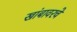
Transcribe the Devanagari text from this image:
खांबावरचे